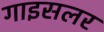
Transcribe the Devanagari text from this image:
गाइसलर